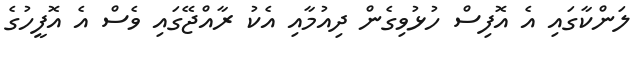
ލަންކާގައި އެ އޮފިސް ހުޅުވިގެން ދިއުމާއި އެކު ރާއްޖޭގައި ވެސް އެ އޮފީހުގެ